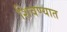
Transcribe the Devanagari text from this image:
शिवण्यात